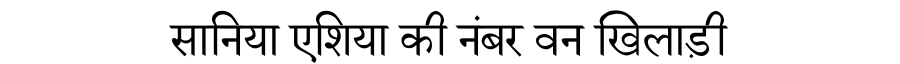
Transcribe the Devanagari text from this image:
सानिया एशिया की नंबर वन खिलाड़ी